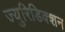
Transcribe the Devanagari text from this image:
ज्युरिडिक्शन